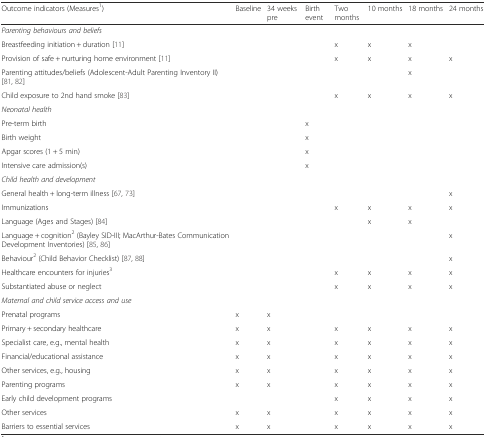
| Outcome indicators (Measures1) | Baseline | 34 weeks pre | Birth event | Two months | 10 months | 18 months | 24 months |
 | --- | --- | --- | --- | --- | --- | --- | --- |
 | <COLSPAN=8> Parenting behaviours and beliefs |
 | Breastfeeding initiation + duration [11] |  |  |  | x | x | x |  |
 | Provision of safe + nurturing home environment [11] |  |  |  | x | x | x | x |
 | Parenting attitudes/beliefs (Adolescent-Adult Parenting Inventory II) [81, 82] |  |  |  |  |  | x |  |
 | Child exposure to 2nd hand smoke [83] |  |  |  | x | x | x | x |
 | Neonatal health |  |  |  |  |  |  |  |
 | Pre-term birth |  |  | x |  |  |  |  |
 | Birth weight |  |  | x |  |  |  |  |
 | Apgar scores (1 + 5 min) |  |  | x |  |  |  |  |
 | Intensive care admission(s) |  |  | x |  |  |  |  |
 | <COLSPAN=8> Child health and development |
 | General health + long-term illness [67, 73] |  |  |  |  |  |  | x |
 | Immunizations |  |  |  | x | x | x | x |
 | Language (Ages and Stages) [84] |  |  |  |  | x | x |  |
 | Language + cognition2 (Bayley SID-III; MacArthur-Bates Communication Development Inventories) [85, 86] |  |  |  |  |  |  | x |
 | Behaviour2 (Child Behavior Checklist) [87, 88] |  |  |  |  |  |  | x |
 | Healthcare encounters for injuries3 |  |  |  | x | x | x | x |
 | Substantiated abuse or neglect |  |  |  | x | x | x | x |
 | <COLSPAN=8> Maternal and child service access and use |
 | Prenatal programs | x | x |  |  |  |  |  |
 | Primary + secondary healthcare | x | x |  | x | x | x | x |
 | Specialist care, e.g., mental health | x | x |  | x | x | x | x |
 | Financial/educational assistance | x | x |  | x | x | x | x |
 | Other services, e.g., housing | x | x |  | x | x | x | x |
 | Parenting programs | x | x |  | x | x | x | x |
 | Early child development programs |  |  |  | x | x | x | x |
 | Other services | x | x |  | x | x | x | x |
 | Barriers to essential services | x | x |  | x | x | x | x |